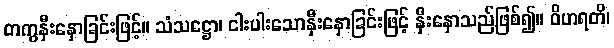
တကွနှီးနှောခြင်းဖြင့်။ သံသဋ္ဌော၊ ငါးပါးသောနှီးနှောခြင်းဖြင့် နှီးနှောသည်ဖြစ်၍။ ဝိဟရတိ၊